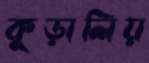
কুড়ালিয়